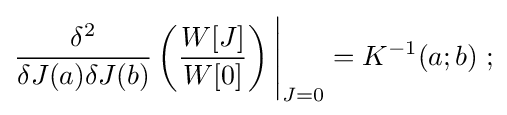
{\dfrac {\delta ^{2}}{\delta J(a)\delta J(b)}}\left({\dfrac {W[J]}{W[0]}}\right){\Bigg |}_{J=0}=K^{-1}(a;b)\;;